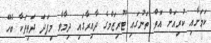
ކަމަށާއި ކުރިއަށް އޮތް ތަނުގައި ޓޫރިޒަމްގެ ދާއިރާގައި ދިމާވާ މިފަދަ ދަތިތަކާ ބެހޭ